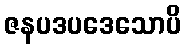
ဇနပဒပဒေသောပိ